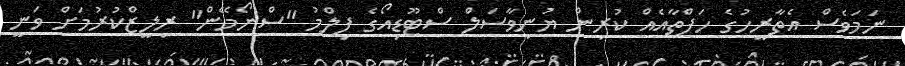
ނަމަވެސް އެތާރީހުގެ ހަފްތާއެއް ކުރިން ޔުނިވާސަލް ސްޓޫޑިއޯގެ ފިލްމު "ސްނޯމޭން" ރިލީޒްކުރުމަށް ވަނީ